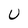
Character: U